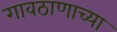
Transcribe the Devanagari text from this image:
गावठाणाच्या